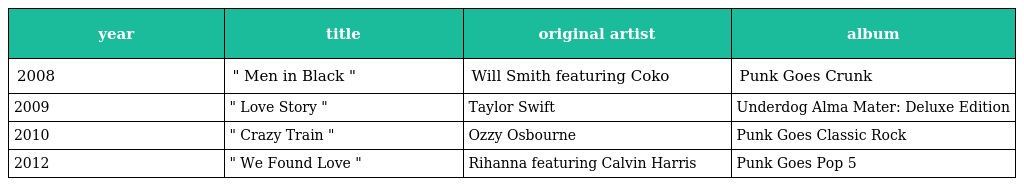
| year | title | original artist | album |
 | --- | --- | --- | --- |
 | 2008 | " Men in Black " | Will Smith featuring Coko | Punk Goes Crunk |
 | 2009 | " Love Story " | Taylor Swift | Underdog Alma Mater: Deluxe Edition |
 | 2010 | " Crazy Train " | Ozzy Osbourne | Punk Goes Classic Rock |
 | 2012 | " We Found Love " | Rihanna featuring Calvin Harris | Punk Goes Pop 5 |